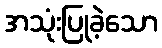
အသုံးပြုခဲ့သော